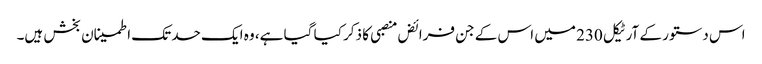
اس دستور کے آرٹیکل 230 میں اس کے جن فرائض منصبی کا ذکر کیا گیا ہے، وہ ایک حد تک اطمینان بخش ہیں۔